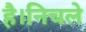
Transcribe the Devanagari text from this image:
है।निचले